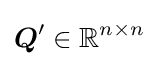
{\boldsymbol {Q}}'\in \mathbb {R} ^{n\times n}